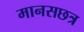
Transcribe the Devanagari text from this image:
मानसछत्र